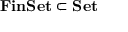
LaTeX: \mathbf { F i n S e t } \subset \mathbf { S e t }